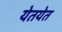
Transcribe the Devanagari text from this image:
येतयेत